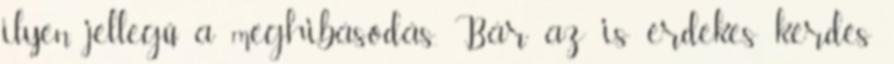
ilyen jellegű a meghibásodás. Bár az is érdekes kérdés